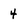
Character: 4